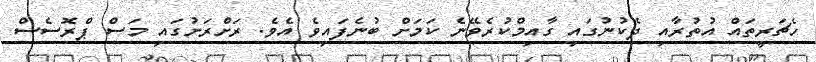
ހެޗަރީތައް އުތުރާއި ދެކުނުގައި ގާއިމްކުރެވޭނެ ކަމަށް ބުނެފައިވެ އެވެ. ރަށްރަށުގައި މަސް ޕްރޮސެސް